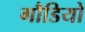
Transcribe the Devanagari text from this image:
गौडियो